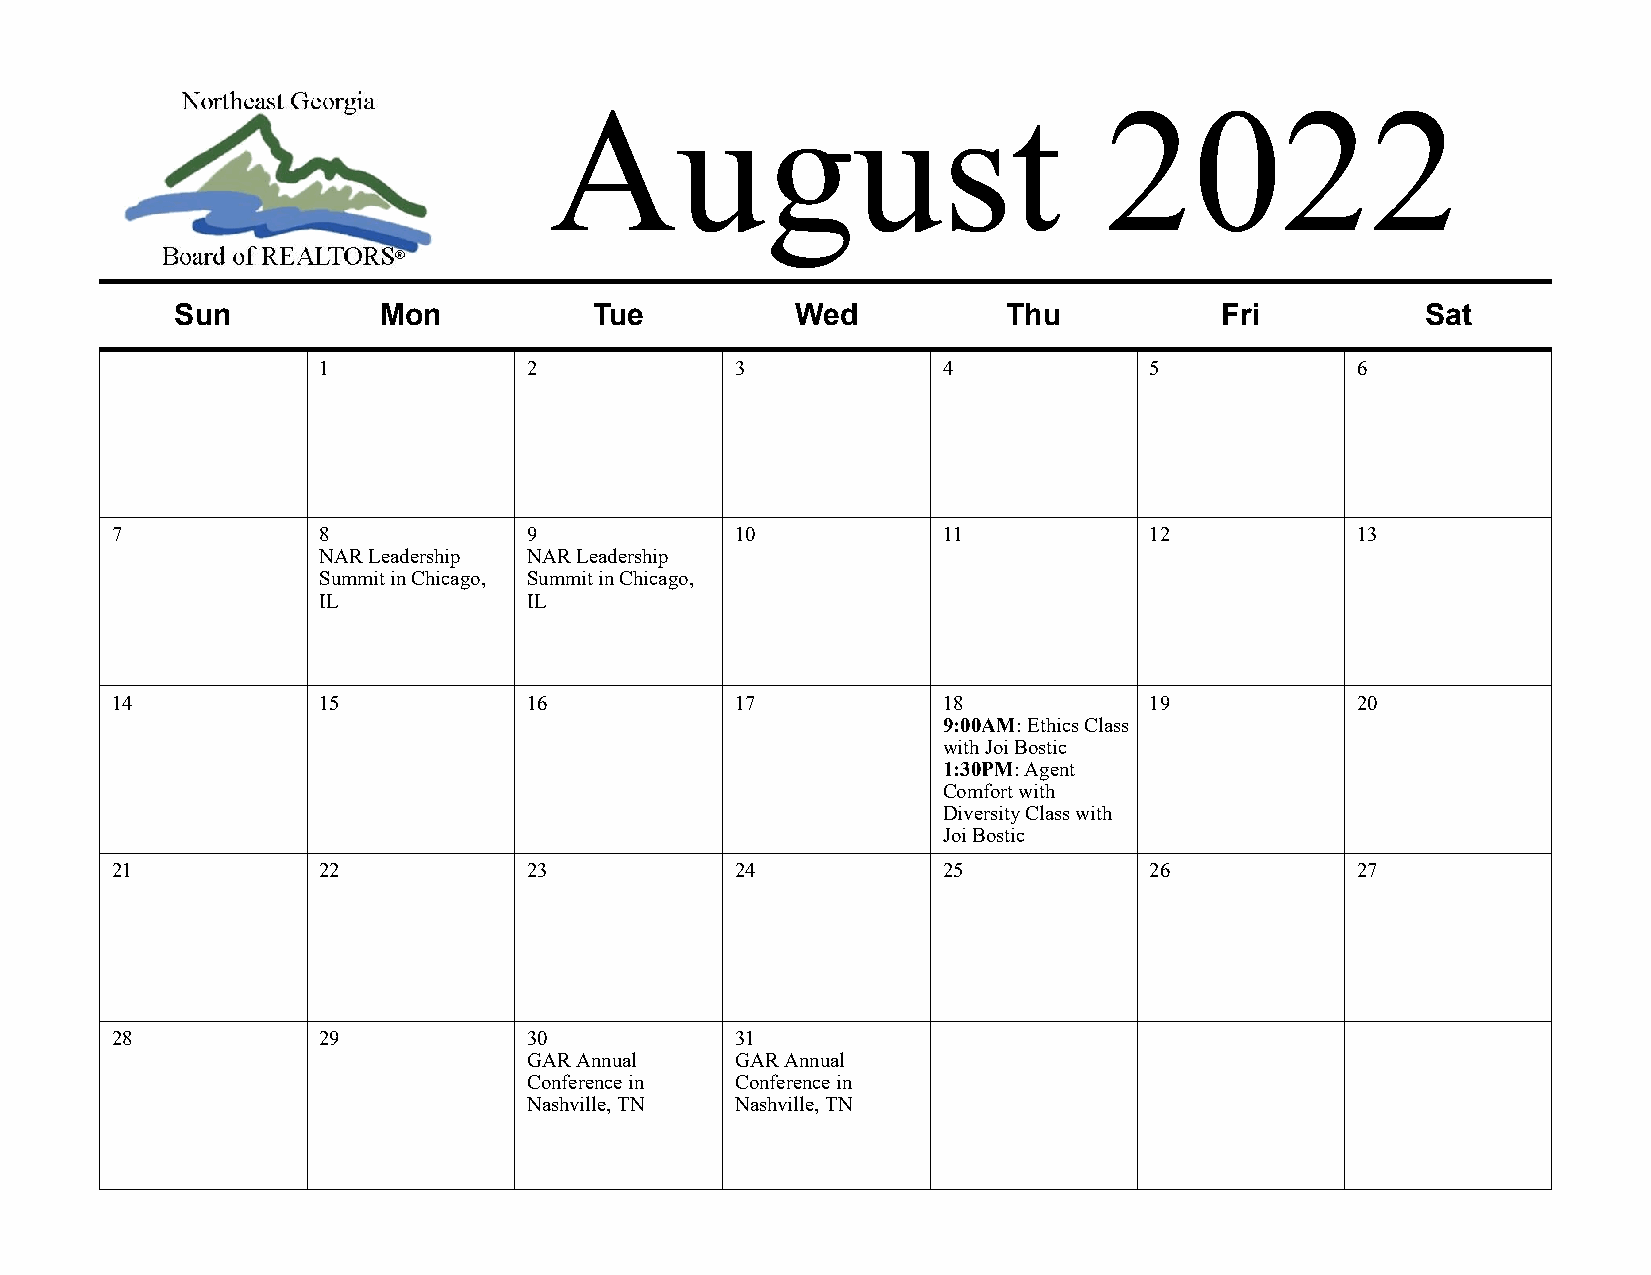
August                               2022
 Sun          Mon           Tue           Wed           Thu           Fri          Sat
 1             2             3            4             5             6
 7             8             9             10           11            12            13
 NAR Leadership NAR Leadership
 Summit in Chicago, Summit in Chicago,
 IL            IL
 14            15            16            17           18            19            20
 9:00AM: Ethics Class
 with Joi Bostic
 1:30PM: Agent
 Comfort with
 Diversity Class with
 Joi Bostic
 21            22            23            24           25            26            27
 28            29            30            31
 GAR Annual    GAR Annual
 Conference in Conference in
 Nashville, TN Nashville, TN